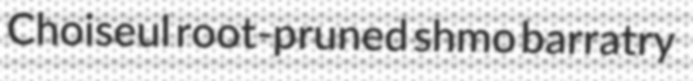
Choiseul root-pruned shmo barratry